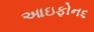
આઇફોન૬